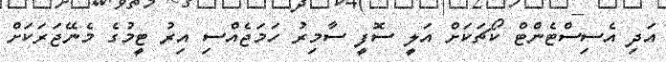
އަދި އެސިސްޓެންޓް ކޯޗަކަށް އަލީ ސޮފީ ސާމިރު ހަމަޖެއްސި އިރު ޓީމުގެ މެނޭޖަރަކަށް